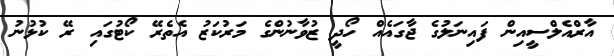
އާރްއެލްސީއިން ފައިނަލުގެ ޖާގައެއް ހޯދީ ޒުވާނުންގެ މަރުކަޒު އެތެރޭ ކޯޓުގައި ރޭ ކުޅުނު